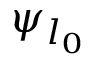
\psi _ { l _ { 0 } }